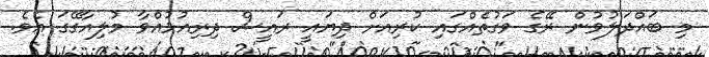
މި ބައްދަލުވުން ރޭގެ ވަގުތެއްގައި ކުރިއަށް ދިޔައީ ރައީސް ދިރިއުޅުއްވާ މުލިއާގޭގަ އެވެ.